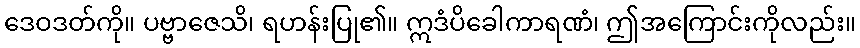
ဒေဝဒတ်ကို။ ပဗ္ဗာဇေသိ၊ ရဟန်းပြု၏။ ဣဒံပိခေါကာရဏံ၊ ဤအကြောင်းကိုလည်း။